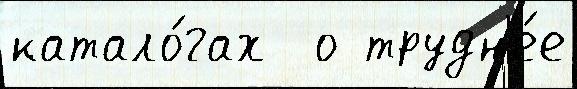
катало́гах  о трудн'е́е